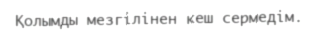
Қолымды мезгілінен кеш сермедім.